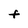
Character: F